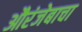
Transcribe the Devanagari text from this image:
औरंजेबाचा